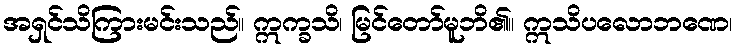
အရှင်သိကြားမင်းသည်။ ဣက္ခသိ၊ မြင်တော်မူဘိ၏။ ဣသိပလောဘဏေ၊